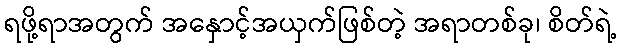
ရဖို့ရာအတွက် အနှောင့်အယှက်ဖြစ်တဲ့ အရာတစ်ခု၊ စိတ်ရဲ့